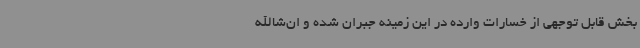
بخش قابل توجهی از خسارات وارده در این زمینه جبران شده و ان‌شاالله